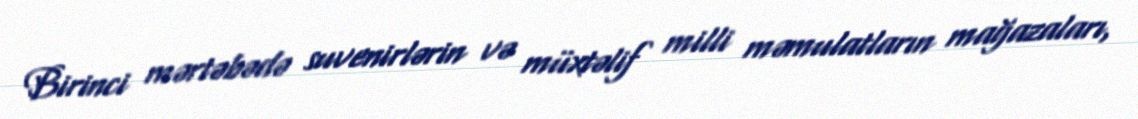
Birinci mərtəbədə suvenirlərin və müxtəlif milli məmulatların mağazaları,